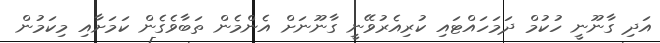
އަދި ގާނޫނީ ހުކުމް ދަމަހައްޓައި ކުރިއެރުވޭނީ ގާނޫނަށް އެންމެން ތަބާވެގެން ކަމަށާއި މިކަމުން